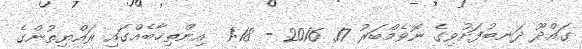
ގައްދޫ ދަނބުފަށުވިގެ ނޮވެމްބަރު 17